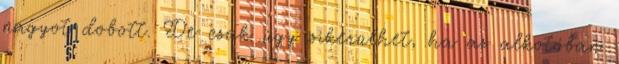
nagyot dobott. De csak úgy sikerülhet, ha az alkotóban